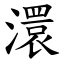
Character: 澴